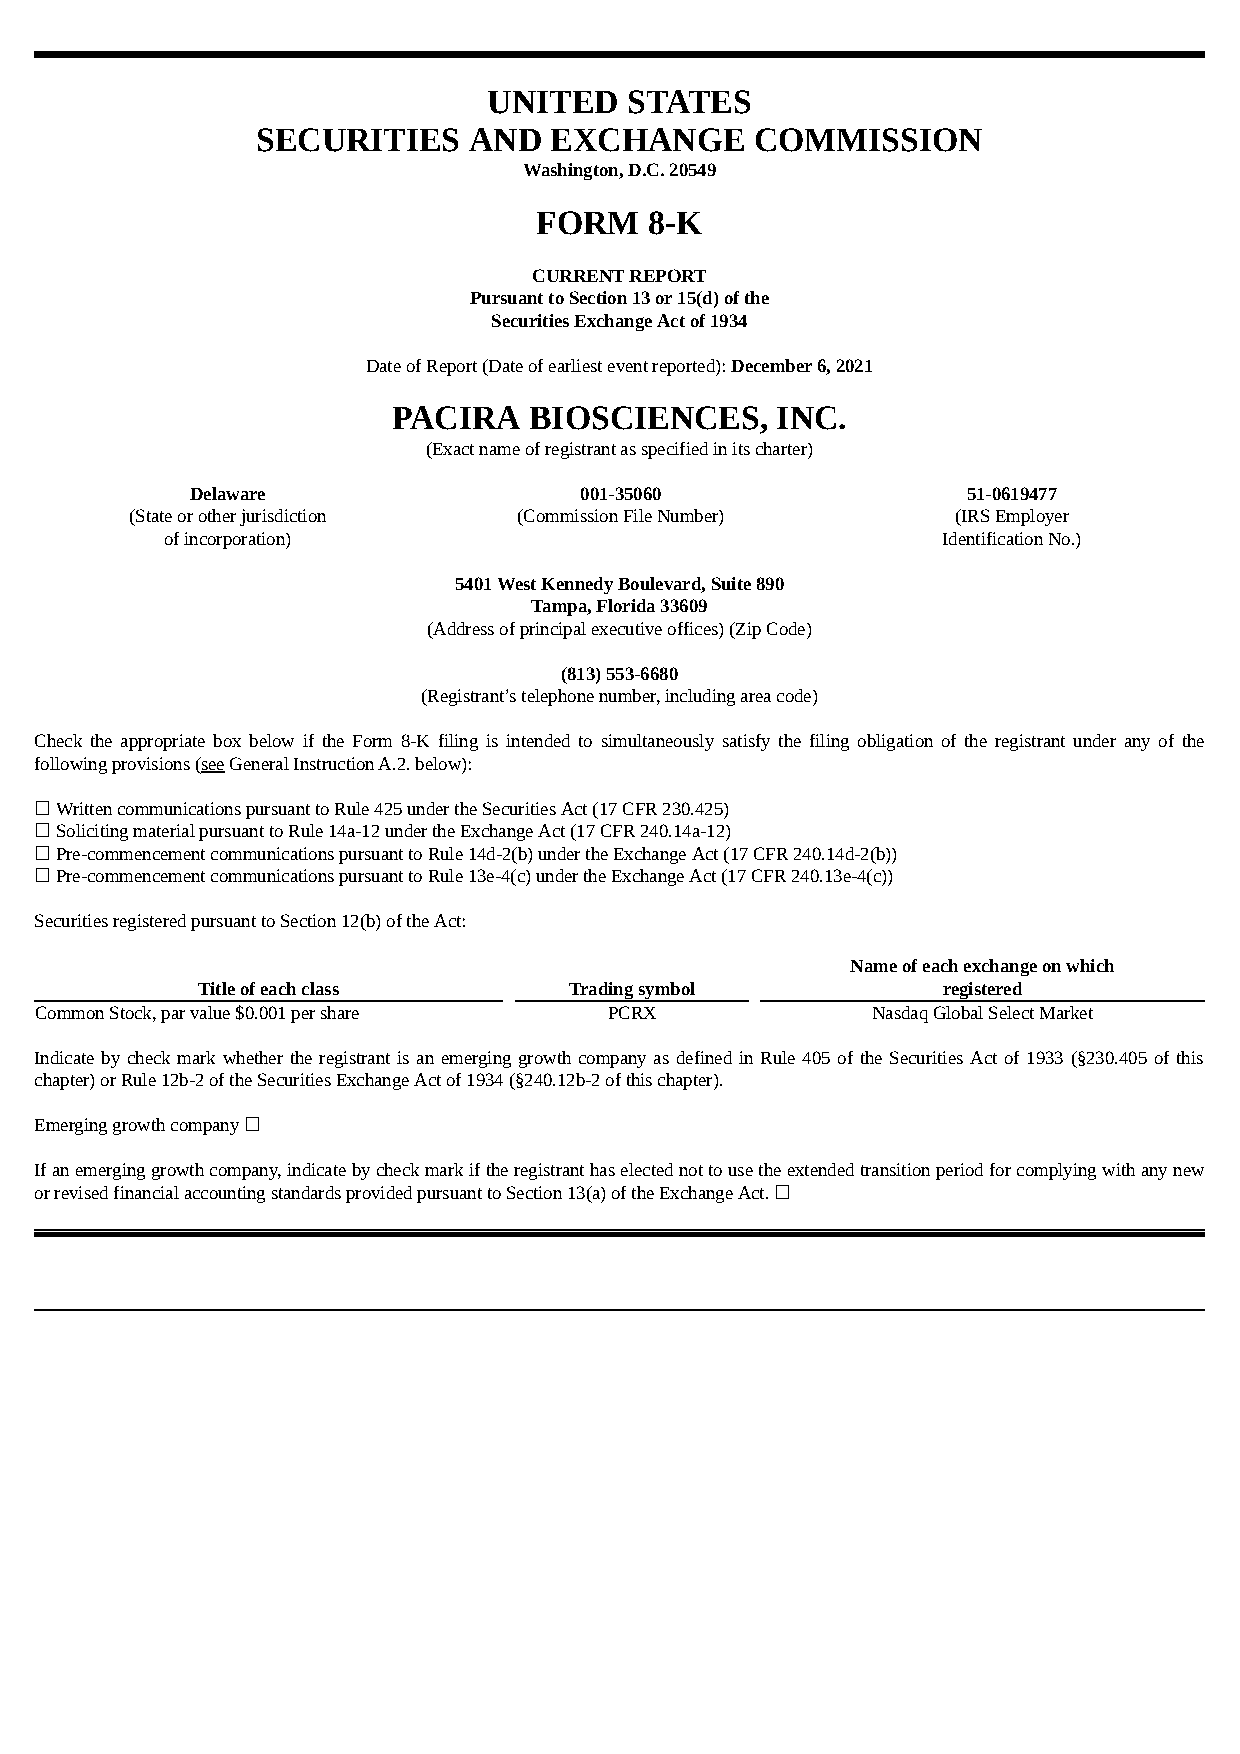
UNITED   STATES
 SECURITIES    AND  EXCHANGE      COMMISSION
 Washington, D.C. 20549
 FORM   8-K
 CURRENT REPORT
 Pursuant to Section 13 or 15(d) of the
 Securities Exchange Act of 1934
 Date of Report (Date of earliest event reported): December 6, 2021
 PACIRA   BIOSCIENCES,    INC.
 (Exact name of registrant as specified in its charter)
 Delaware                 001-35060                 51-0619477
 (State or other jurisdiction (Commission File Number) (IRS Employer
 of incorporation)                                  Identification No.)
 5401 West Kennedy Boulevard, Suite 890
 Tampa, Florida 33609
 (Address of principal executive offices) (Zip Code)
 (813) 553-6680
 (Registrant’s telephone number, including area code)
 Check the appropriate box below if the Form 8-K filing is intended to simultaneously satisfy the filing obligation of the registrant under any of the
 following provisions (see General Instruction A.2. below):
 ☐ Written communications pursuant to Rule 425 under the Securities Act (17 CFR 230.425)
 ☐ Soliciting material pursuant to Rule 14a-12 under the Exchange Act (17 CFR 240.14a-12)
 ☐ Pre-commencement communications pursuant to Rule 14d-2(b) under the Exchange Act (17 CFR 240.14d-2(b))
 ☐ Pre-commencement communications pursuant to Rule 13e-4(c) under the Exchange Act (17 CFR 240.13e-4(c))
 Securities registered pursuant to Section 12(b) of the Act:
 Name of each exchange on which
 Title of each class      Trading symbol          registered
 Common Stock, par value $0.001 per share PCRX           Nasdaq Global Select Market
 Indicate by check mark whether the registrant is an emerging growth company as defined in Rule 405 of the Securities Act of 1933 (§230.405 of this
 chapter) or Rule 12b-2 of the Securities Exchange Act of 1934 (§240.12b-2 of this chapter).
 Emerging growth company ☐
 If an emerging growth company, indicate by check mark if the registrant has elected not to use the extended transition period for complying with any new
 or revised financial accounting standards provided pursuant to Section 13(a) of the Exchange Act. ☐